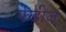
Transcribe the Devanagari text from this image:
फेडीज